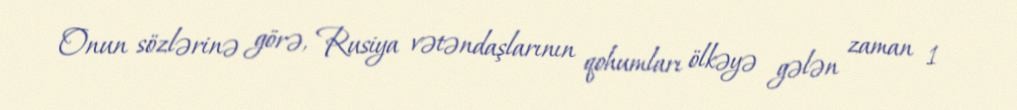
Onun sözlərinə görə, Rusiya vətəndaşlarının qohumları ölkəyə gələn zaman 1